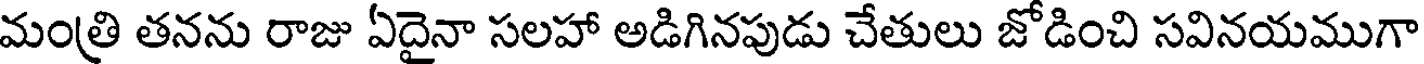
మంత్రి తనను రాజు ఏదైనా సలహా అడిగినపుడు చేతులు జోడించి సవినయముగా